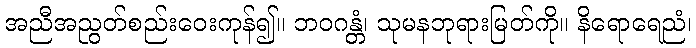
အညီအညွတ်စည်းဝေးကုန်၍။ ဘဝဂန္တံ၊ သုမနဘုရားမြတ်ကို။ နိရောရေညံ၊